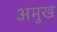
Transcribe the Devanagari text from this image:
अमुख